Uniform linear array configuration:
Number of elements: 64
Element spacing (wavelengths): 0.5
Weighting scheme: hann
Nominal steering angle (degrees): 15
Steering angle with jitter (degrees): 16.045
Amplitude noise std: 0.05
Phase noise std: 0.05

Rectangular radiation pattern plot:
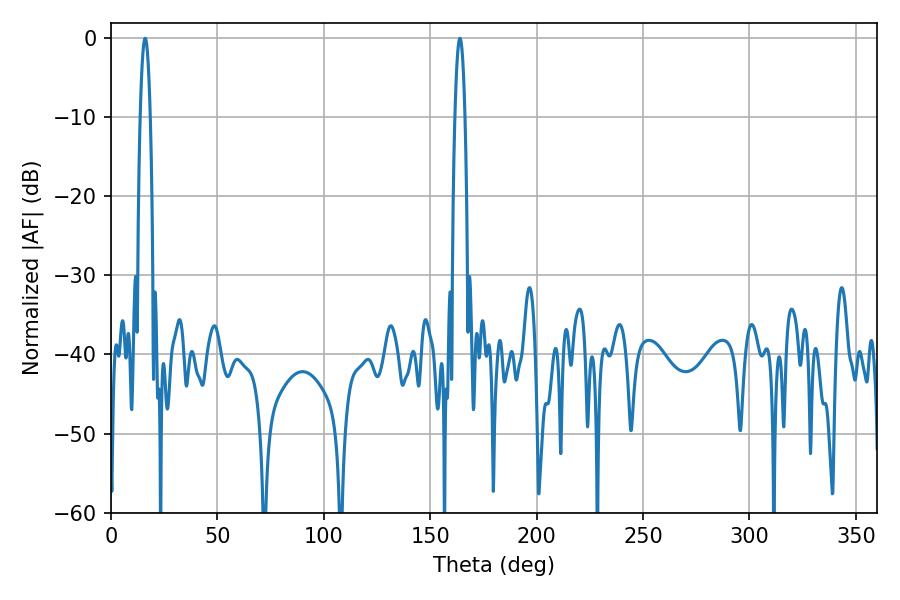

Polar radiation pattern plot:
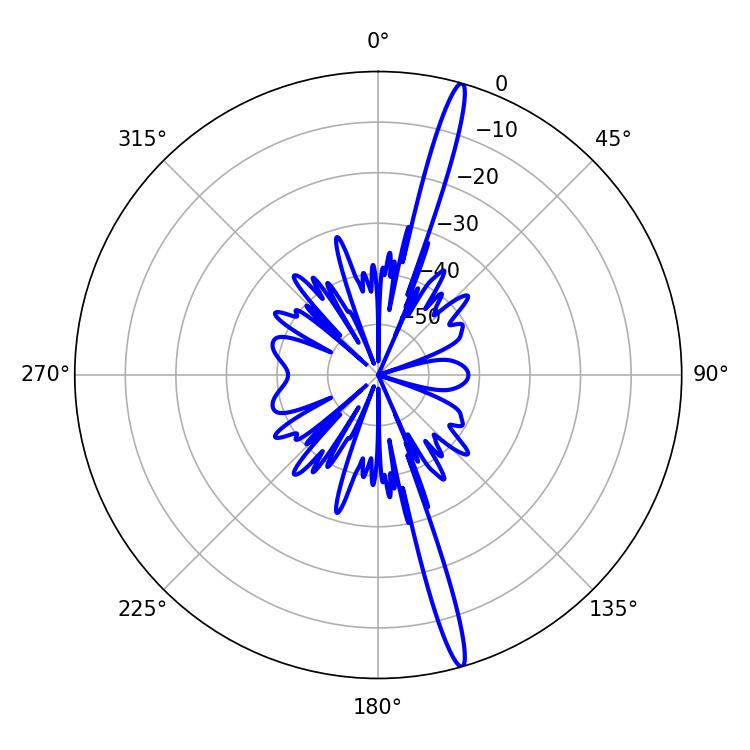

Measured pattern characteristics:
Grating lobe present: FALSE
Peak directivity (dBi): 18.638
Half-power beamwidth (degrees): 2.52
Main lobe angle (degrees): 16.02